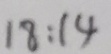
1 8 : 1 4